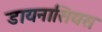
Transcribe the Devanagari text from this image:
डायनासियस